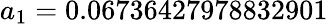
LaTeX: a_{1}=0.06736427978832901